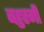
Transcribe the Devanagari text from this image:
बहुरगी